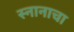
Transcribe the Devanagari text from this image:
स्नानाचा